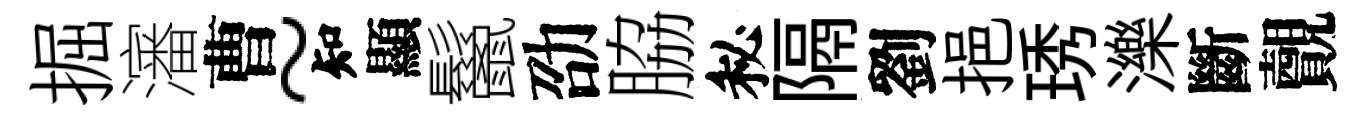
掘瀋曹~知顯鬣劭脇秘隔劉挹琇濼斷覿